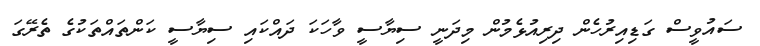
ސައުވީސް ގަޑިއިރުހެން ދިރިއުޅެމުން މިދަނީ ސިޔާސީ ވާހަކަ ދައްކައި ސިޔާސީ ކަންތައްތަކުގެ ތެރޭގަ